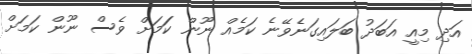
އަދި މިއީ އަބަދު ބަލައިގަނެވޭނެ ކަމެއް ނޫން ކަަމަށް ވެސް ނޫން ކަމަށް